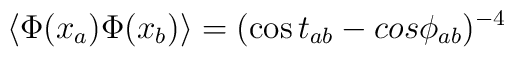
\langle \Phi(x_a) \Phi(x_b) \rangle = (\cos t_{ab} -cos\phi_{ab})^{-4}